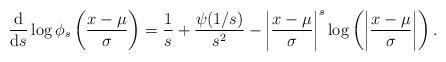
LaTeX: \begin{align*}\frac{\mathrm{d}}{\mathrm{d}s}\log\phi_s\left(\frac{x-\mu}{\sigma}\right)&=\frac{1}{s}+\frac{\psi(1/s)}{s^2}-\left|\frac{x-\mu}{\sigma} \right|^s\log\left(\left|\frac{x-\mu}{\sigma} \right|\right).\end{align*}